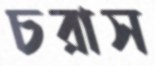
চরাস